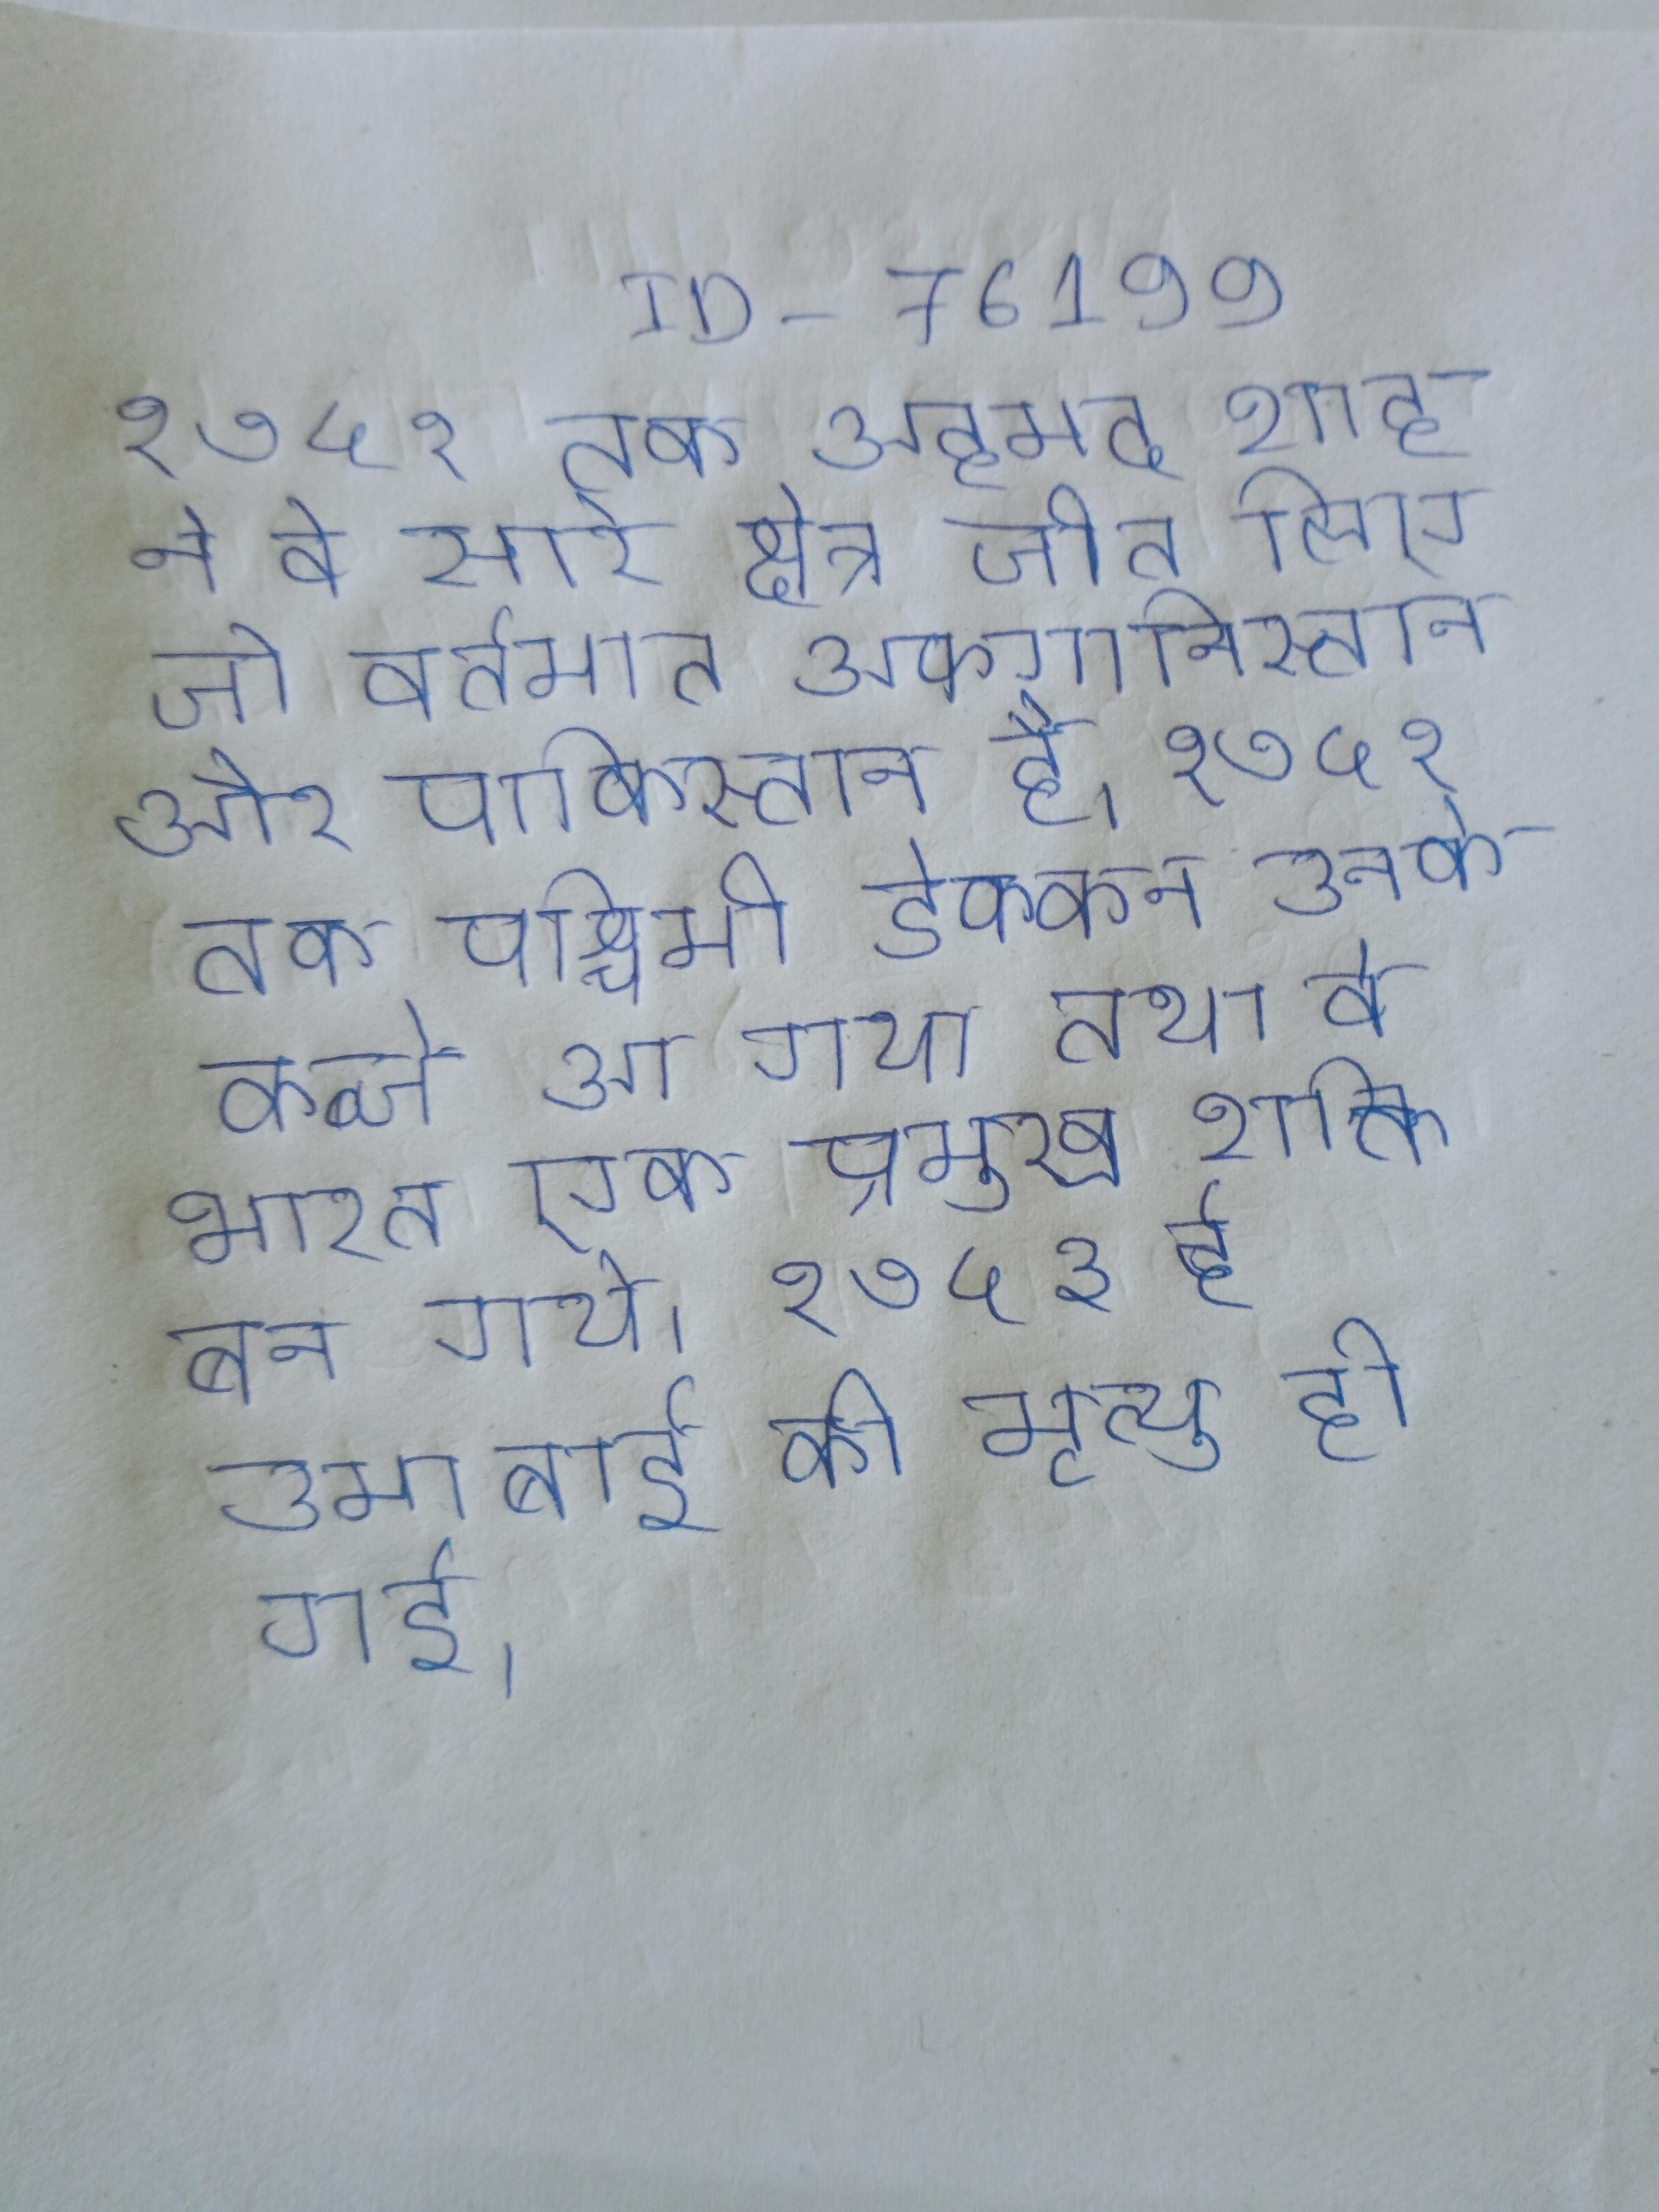
१७५१ तक अहमद शाह ने वे सारे क्षेत्र जीत लिए जो वर्तमान अफगानिस्तान और पाकिस्तान है । १७५१ तक पश्चिमी डेक्कन उनके कब्जे आ गया तथा वे भारत एक प्रमुख शक्ति बन गये । १७५३ ई उमाबाई की मृत्यु हो गई ।